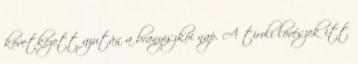
következett azután a branyiszkói nap. A tiroli lövészek itt